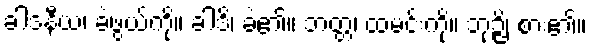
ခါဒနီယံ၊ ခဲဖွယ်ကို။ ခါဒိ၊ ခဲ၏။ ဘတ္တံ၊ ထမင်းကို။ ဘုဉ္ဇိ၊ စား၏။